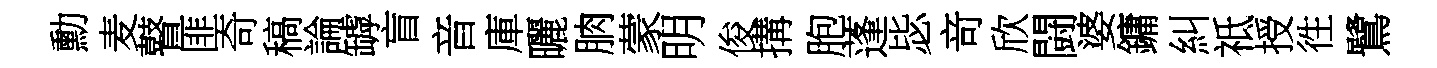
勳麦瞽匪奇稿論罅盲音庫曬朒蒙明俊搆胞蓬毖竒欣闘婆鏞糾祗授徃鷺